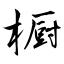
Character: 橱